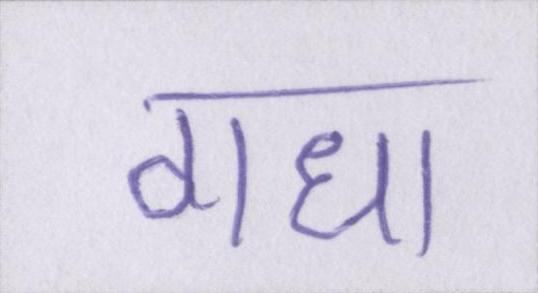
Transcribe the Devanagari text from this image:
गधा